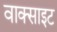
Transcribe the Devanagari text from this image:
वाक्साइट